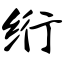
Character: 绗